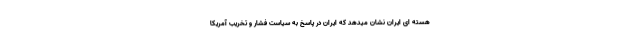
هسته ای ایران نشان میدهد که ایران در پاسخ به سیاست فشار و تخریب آمریکا